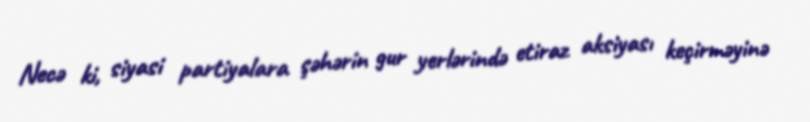
Necə ki, siyasi partiyalara şəhərin gur yerlərində etiraz aksiyası keçirməyinə